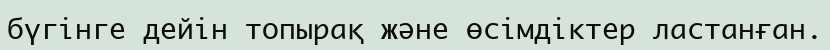
бүгінге дейін топырақ және өсімдіктер ластанған.